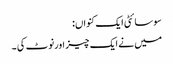
سوسائٹی ایک کنواں:
میں نے ایک چیز اورنوٹ کی ۔